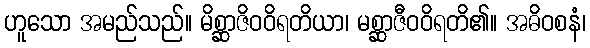
ဟူသော အမည်သည်။ မိစ္ဆာဇိဝဝိရတိယာ၊ မစ္ဆာဇီဝဝိရတိ၏။ အဓိဝစနံ၊